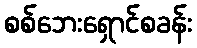
စစ်ဘေးရှောင်စခန်း